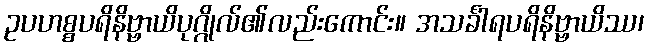
ဥပဟစ္စပရိနိဗ္ဗာယိပုဂ္ဂိုလ်၏လည်းကောင်း။ အသင်္ခါရပရိနိဗ္ဗာယိဿ၊